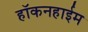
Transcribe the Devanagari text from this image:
हॉकनहाईम